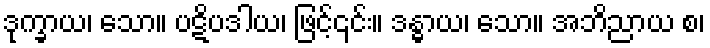
ဒုက္ခာယ၊ သော။ ပဋိပဒါယ၊ ဖြင့်၎င်း။ ဒန္ဓာယ၊ သော။ အဘိညာယ စ၊